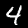
Label: 4